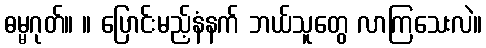
ဓမ္မဂုတ်။ ။ ပြောင်းမည့်နံနက် ဘယ်သူတွေ လာကြသေးလဲ။